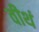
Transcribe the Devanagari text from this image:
वीथं